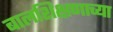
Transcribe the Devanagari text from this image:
बालशिक्षणाच्या